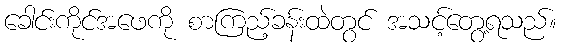
ခေါင်းကိုင်အဖေကို စာကြည့်ခန်းထဲတွင် အသင့်တွေ့ရသည်။